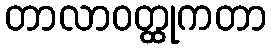
တာလာဝတ္ထုကတာ